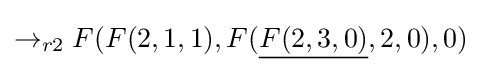
\rightarrow _{r2}F(F(2,1,1),F({\underline {F(2,3,0)}},2,0),0)